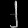
Digit: ၂